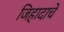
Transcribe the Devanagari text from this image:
जिहादाचे